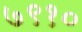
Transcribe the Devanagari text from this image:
७९१०